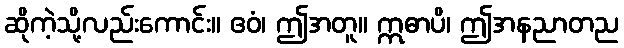
ဆိုကဲ့သို့လည်းကောင်း။ ဧဝံ၊ ဤအတူ။ ဣဓာပိ၊ ဤအနညာတည